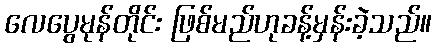
လေပွေမုန်တိုင်း ဖြစ်မည်ဟုခန့်မှန်းခဲ့သည်။